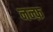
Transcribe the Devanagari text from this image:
नन्फ़